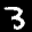
Label: 3